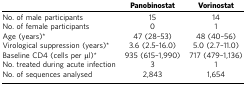
|  | Panobinostat | Vorinostat |
 | --- | --- | --- |
 | No. of male participants | 15 | 14 |
 | No. of female participants | 0 | 1 |
 | Age (years)* | 47 (28–53) | 48 (40–56) |
 | Virological suppression (years)* | 3.6 (2.5–16.0) | 5.0 (2.7–11.0) |
 | Baseline CD4 (cells per μl)* | 935 (615–1,990) | 717 (479–1,136) |
 | No. treated during acute infection | 3 | 1 |
 | No. of sequences analysed | 2,843 | 1,654 |